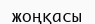
жоңқасы